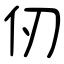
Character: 仞